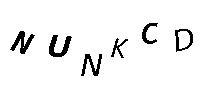
NUNKCD